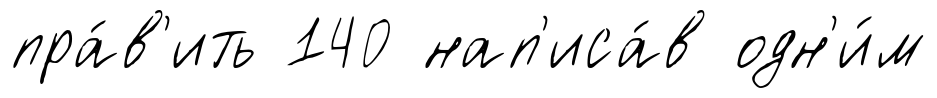
пра́в'ить 140 нап'иса́в одн'и́м